Leaving Certificate Examination (including Day School Certificate (Higher) General paper), 1932
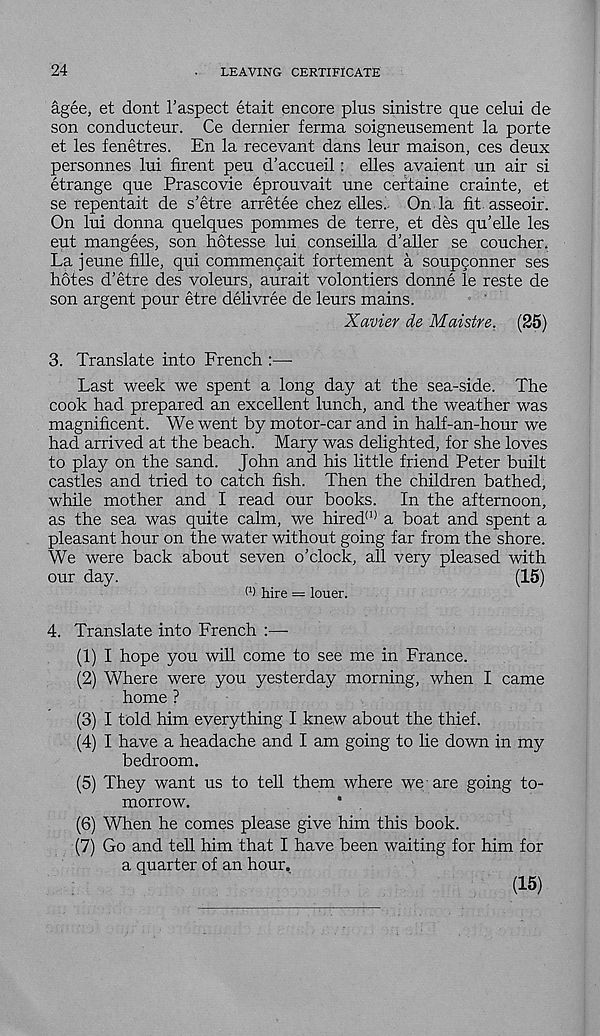
24
LEAVING CERTIFICATE
agee, et dont 1’aspect etait encore plus sinistre que celui de
son conducteur. Ce dernier ferma soigneusement la porte
et les fenetres. En la recevant dans leur maison, ces deux
personnes lui firent peu d’accueil: elles avaient un air si
etrange que Prascovie eprouvait une certaine crainte, et
se repentait de s’etre arretee chez elles. On la fit asseoir.
On lui donna quelques pommes de terre, et des qu’elle les
eut mangees, son hotesse lui conseilla d'aller se coucher.
La jeune fille, qui commencait fortement a soup9onner ses
hotes d’etre des voleurs, aurait volontiers donne le reste de
son argent pour etre delivree de leurs mains.
Xavier de Maistre.
(25)
3. Translate into French :—
Last week we spent a long day at the sea-side. The
cook had prepared an excellent lunch, and the weather was
magnificent. We went by motor-car and in half-an-hour we
had arrived at the beach. Mary was delighted, for she loves
to play on the sand. John and his little friend Peter built
castles and tried to catch fish. Then the children bathed,
while mother and I read our books. In the afternoon,
as the sea was quite calm, we hired (1) a boat and spent a
pleasant hour on the water without going far from the shore.
We were back about seven o’clock, all very pleased with
our day.
(15)
W hire = louer.
4. Translate into French :—■
(1) I hope you will come to see me in France.
(2) Where were you yesterday morning, when I came
home ?
(3) I told him everything I knew about the thief.
(4) I have a headache and I am going to lie down in my
bedroom.
(5) They want us to tell them where we are going to-
morrow.
*
(6) When he comes please give him this book.
(7) Go and tell him that I have been waiting for him for
a quarter of an hour.
(15)